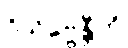
ဝိသိဗ္ဗေန္တီတိ